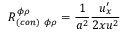
R _ { ( c o n ) \ \phi \rho } ^ { \phi \rho } = { \frac { 1 } { a ^ { 2 } } } { \frac { u _ { x } ^ { \prime } } { 2 x u ^ { 2 } } }